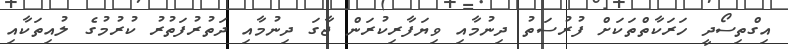
އިގްތިސޯދީ ހަރަކާތްތަކަށް ފުރުސަތު ދިނުމާއި ވިޔަފާރިކުރަން ޖާގަ ދިނުމާއި ދަތުރުފަތުރު ކުރުމުގެ ލުއިތަކާއި